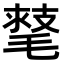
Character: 𣯕